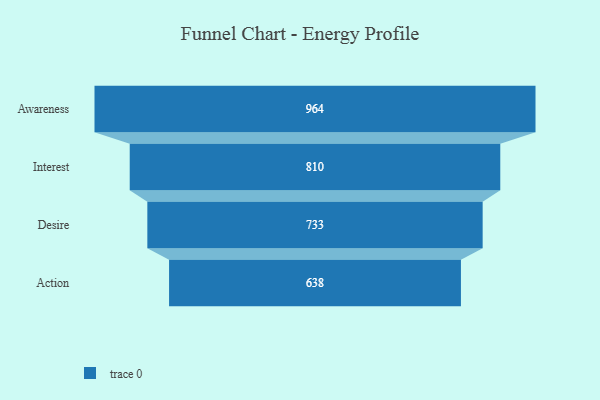
{"axis": {"x": "Stage", "y": "Value"}, "legend": [""], "data": [{"x": "Awareness", "y": 964.0, "type": ""}, {"x": "Interest", "y": 810.0, "type": ""}, {"x": "Desire", "y": 733.0, "type": ""}, {"x": "Action", "y": 638.0, "type": ""}]}